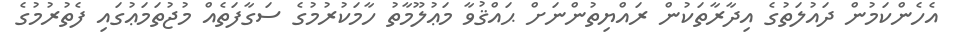
އެހެންކަމުން ދައުލަތުގެ އިދާރާތަކުން ރައްޔިތުންނަށް ޙައްޤުވާ މަޢުލޫމާތު ހާމަކުރުމުގެ ސަގާފަތެއް މުޖުތަމަޢުގައި ފެތުރުމުގެ